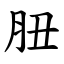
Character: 䏔